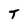
Character: T